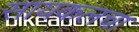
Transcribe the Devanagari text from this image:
सायकलचा